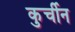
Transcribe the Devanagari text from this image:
कुर्चीन